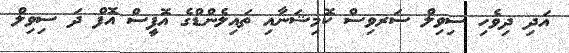
އަދި ދިވެހި ސިވިލް ސަރވިސް ކޮމިޝަނާއި ތައިލެންޑްގެ އޮފީސް އޮފް ދަ ސިވިލް